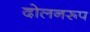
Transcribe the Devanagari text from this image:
दोलनरूप